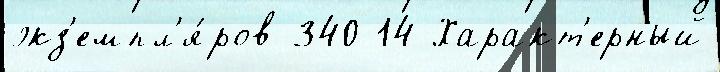
экз'емпл'я́ров 340 14 Характ'ерный